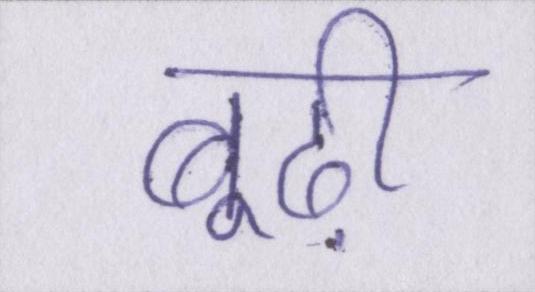
बूढ़ी